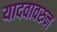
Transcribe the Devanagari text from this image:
यादवावरुन